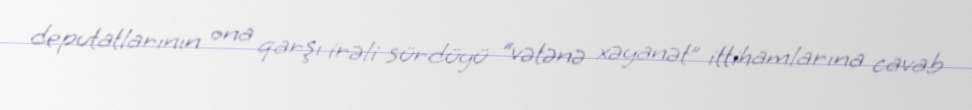
deputatlarının ona qarşı irəli sürdüyü “vətənə xəyanət” ittihamlarına cavab